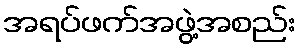
အရပ်ဖက်အဖွဲ့အစည်း